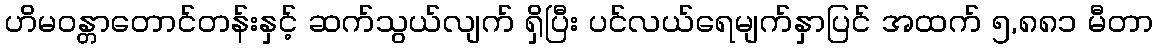
ဟိမဝန္တာတောင်တန်းနှင့် ဆက်သွယ်လျက် ရှိပြီး ပင်လယ်ရေမျက်နှာပြင် အထက် ၅,၈၈၁ မီတာ